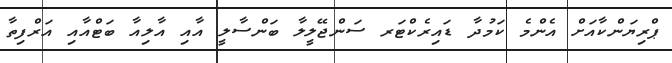
ޕްރިޔަންކާއަށް އެންމެ ކަމުދާ ޑައިރެކްޓަރ ސަންޖޭލީލާ ބަންސާލީ އާއި އާލިއާ ބަޓްއާއި އަރްފިތާ